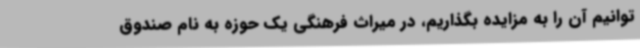
‌توانیم آن را به مزایده بگذاریم، در میراث فرهنگی یک حوزه به نام صندوق